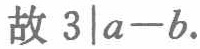
故 \(3\mid a - b\).